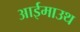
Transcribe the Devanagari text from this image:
आईमाउथ